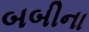
બબીના